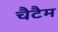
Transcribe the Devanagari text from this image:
चैटैम